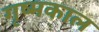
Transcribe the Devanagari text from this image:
गृष्मकाल